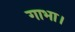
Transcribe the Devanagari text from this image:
गाभा।